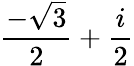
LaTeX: {\frac{-{\sqrt{3}}}{2}}+{\frac{i}{2}}